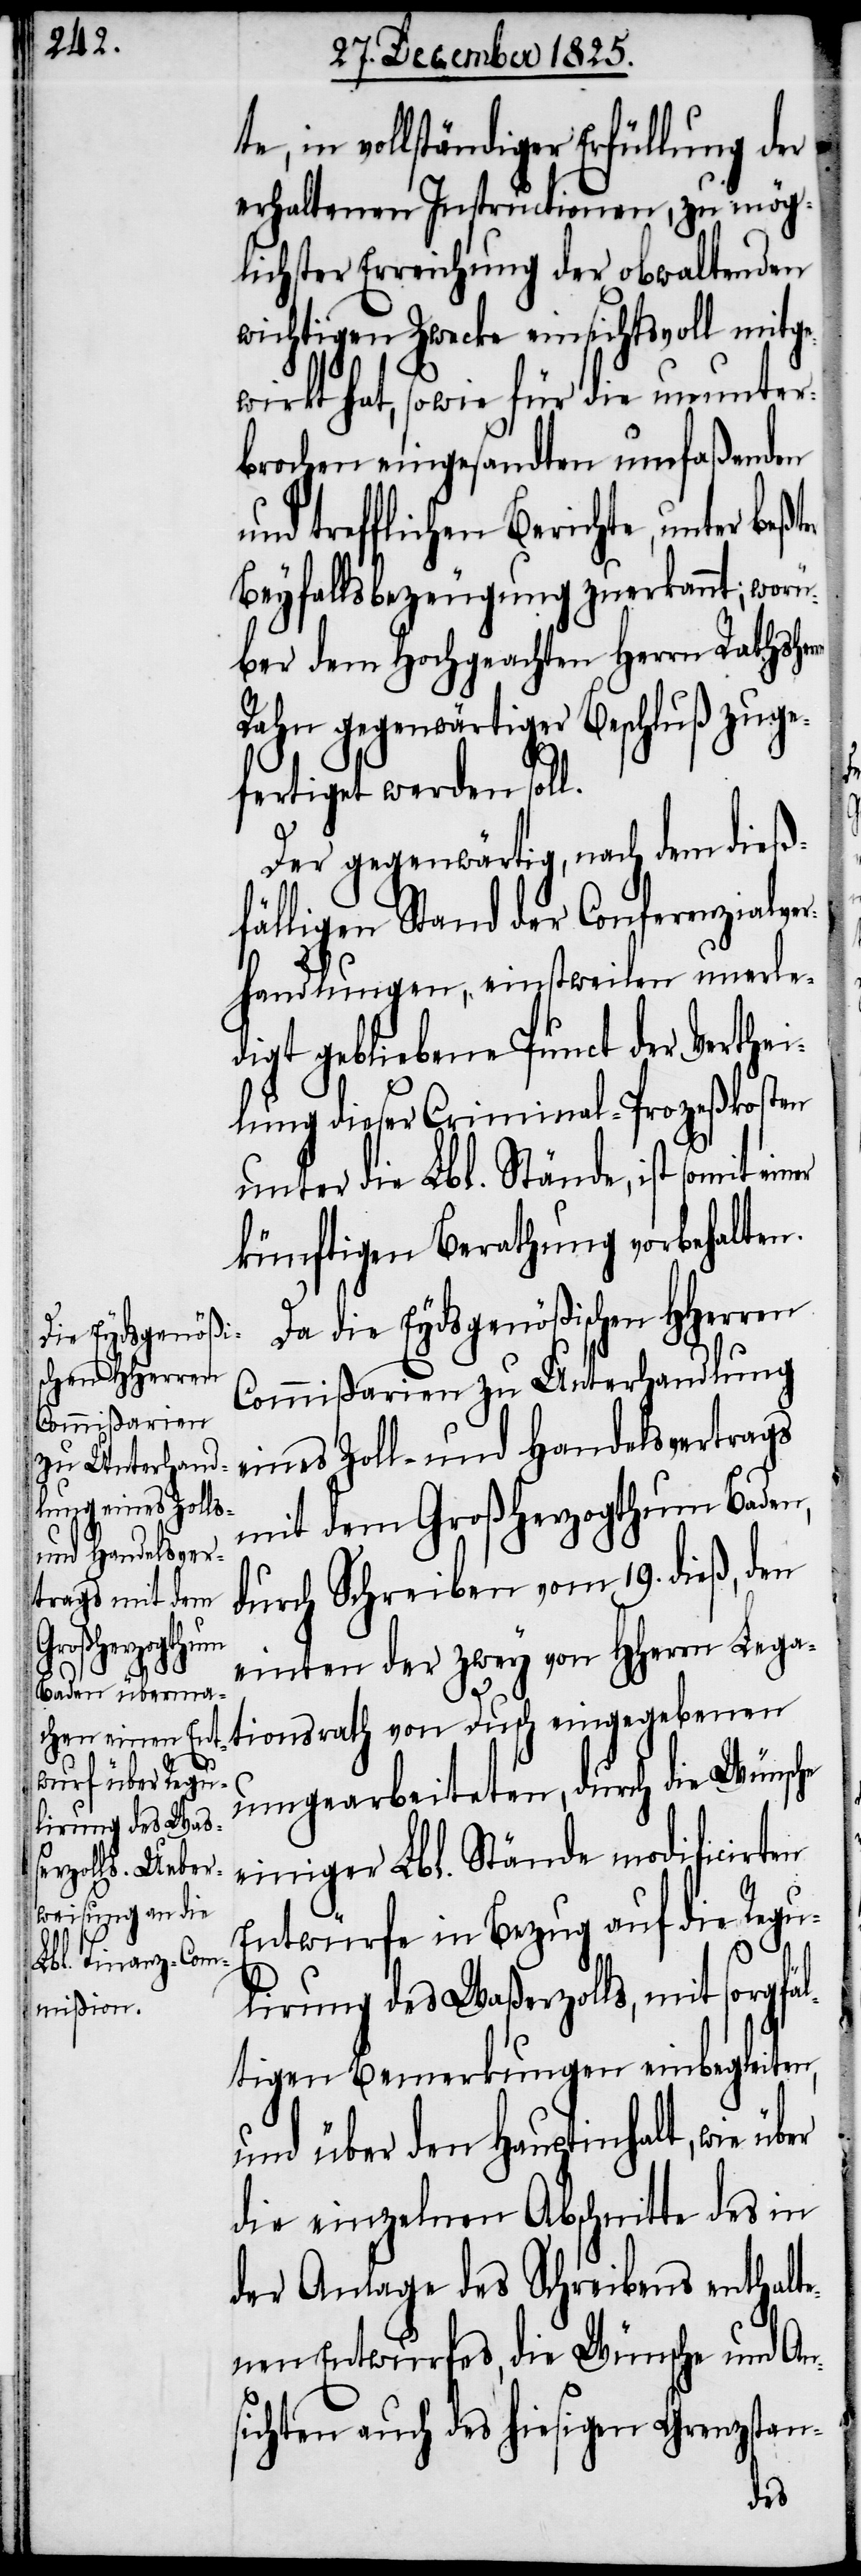
die Eydsgenößi¬
schen HHerren
rn
ter

te, in vollständiger Erfüllung der
erhaltenen Instructionen, zu mög¬
lichster Erreichung der obwaltenden
wichtigen Zwecke einsichtsvoll mitge¬
wirkt hat, sowie für die ununter¬
brochen eingesandten umfaßenden
und trefflichen Berichte, unter beß¬
Beyfallsbezeugung zuerkannt, worü¬
ber dem Hochgeachten Herrn Rathsher¬
Rahn gegenwärtiger Beschluß zuge¬
fertiget werden soll.
Der gegenwärtig, nach dem dieß¬
fälligen Stand der Conferenzialver¬
handlungen, einstweilen unerle¬
digt gebliebene Punct der Verthei¬
lung dieser Criminal-Prozeßkosten
unter die Lbl. Stände, ist somit
künftigen Berathung vorbehalten.
Commißarien zu Unterhandlung
eines Zoll- und Handelsvertrags
mit dem Großherzogthum Baden,
durch Schreiben vom 19. dieß, den
einten der zwey von HHerrn Lega¬
tionsrath von Dusch eingegebenen
umgearbeiteten, durch die Wünsche
einiger Lbl. Stände modificirten
Entwürfe in Bezug auf die Regu¬
lirung des Waßerzolls, mit sorgfäl¬
tigen Bemerkungen einbegleiten,
und über den Hauptinhalt, wie über
die einzelnen Abschnitte des in
der Anlage des Schreibens enthalte¬
nen Entwurfes, die Wünsche und An¬
sichten auch des hiesigen Grenzstan-